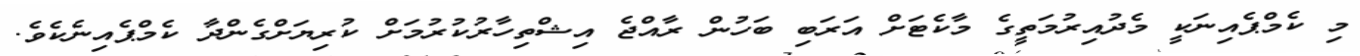
މި ކެމްޕެއިނަކީ މެދުއިރުމަތީގެ މާކެޓަށް އަރަބި ބަހުން ރާއްޖެ އިޝްތިހާރުކުރުމަށް ކުރިޔަށްގެންދާ ކެމްޕެއިނެކެވެ.